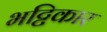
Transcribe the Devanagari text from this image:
भट्टिकार